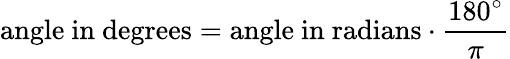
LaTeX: {\mathrm{angle~in~degrees}}={\mathrm{angle~in~radians}}\cdot{\frac{180^{\circ}}{\pi}}